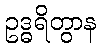
ဥဒ္ဓရိတွာန